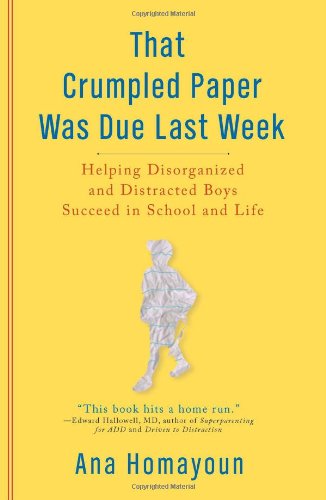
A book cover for That Crumpled Paper Was Due Last Week: Helping Disorganized and Distracted Boys Succeed in School and Life; Ana Homayoun; Education & Teaching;